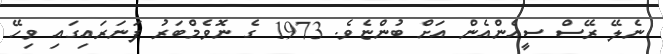
ނެލޭ ރޭސް ސީއެންއެން އަށް ބުންޏެވެ. 1973 ގެ ނޮވެމްބަރު ފަނަރައިގައި ވިހޭ